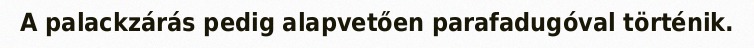
A palackzárás pedig alapvetően parafadugóval történik.